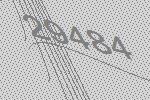
29484